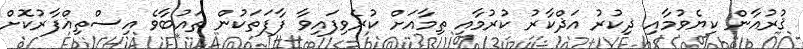
ޤުރުއާން ކިޔެވުމާއި ޛިކުރު އަޛްކާރު ކުރުމާއި ތިމާއަށް ކުރެވިފައިވާ ފާފަތަކުން ތައުބާވެ އިސްތިޣްފާރުކޮށް